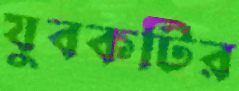
যুবকটির